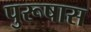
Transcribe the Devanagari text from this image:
पुरूषास